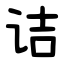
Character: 诘